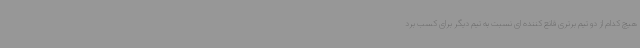
هیچ کدام از دو تیم برتری قانع کننده ای نسبت به تیم دیگر برای کسب برد